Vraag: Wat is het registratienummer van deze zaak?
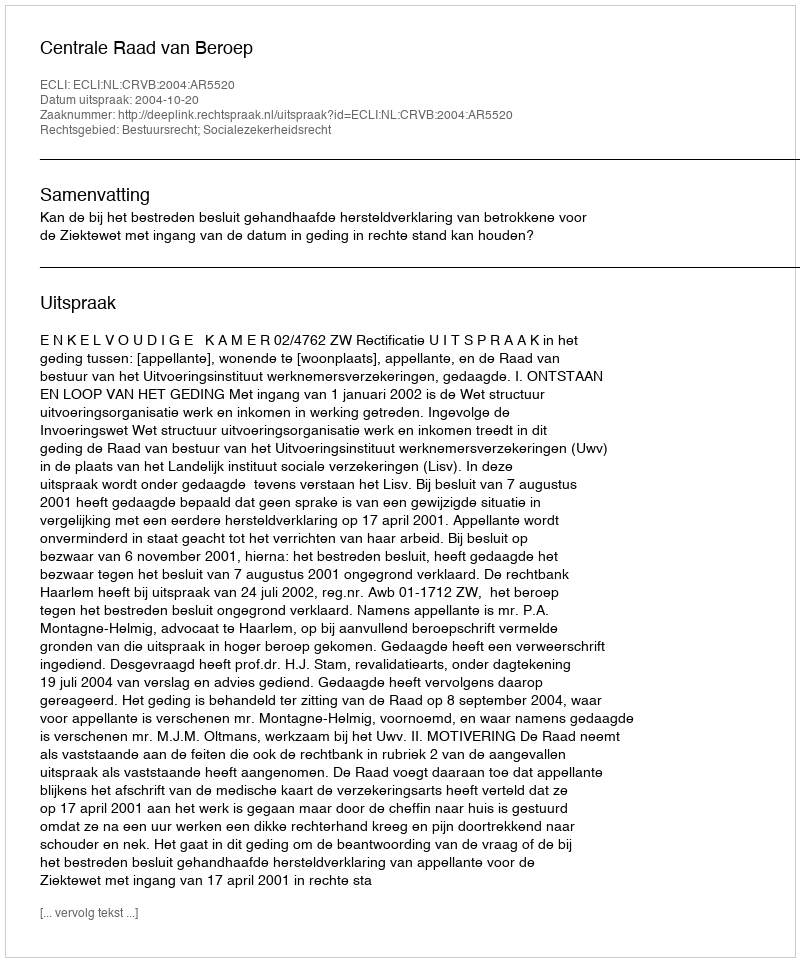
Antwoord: http://deeplink.rechtspraak.nl/uitspraak?id=ECLI:NL:CRVB:2004:AR5520